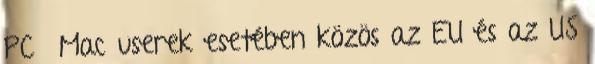
PC Mac userek esetében közös az EU és az US